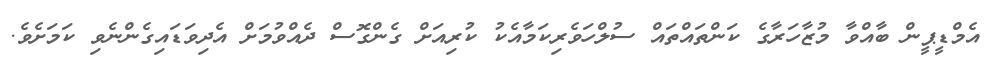
އެމްޑީޕީން ބާއްވާ މުޒާހަރާގެ ކަންތައްތައް ސުލްހަވެރިކަމާއެކު ކުރިއަށް ގެންގޮސް ދެއްވުމަށް އެދިވަޑައިގެންނެވި ކަމަށެވެ.